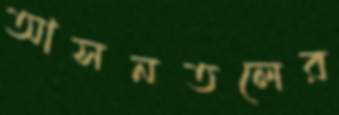
আসনতলের